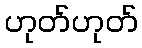
ဟုတ်ဟုတ်